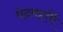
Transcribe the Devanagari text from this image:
वेदमहर्षि